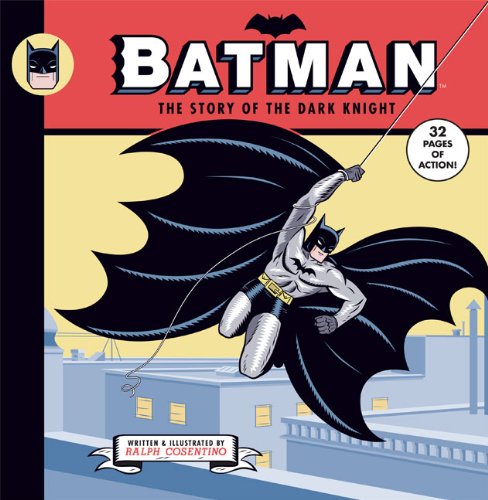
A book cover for Batman: The Story of the Dark Knight; Ralph Cosentino; Children's Books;